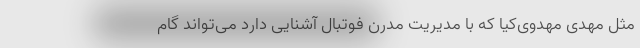
مثل مهدی مهدوی‌کیا که با مدیریت مدرن فوتبال آشنایی دارد می‌تواند گام